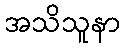
အသိသူနာ